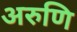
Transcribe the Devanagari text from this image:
अरुणि